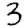
Digit: 3